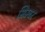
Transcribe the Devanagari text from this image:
भिम्बर